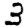
Digit: 3